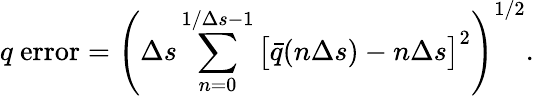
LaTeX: q\ \textrm{error}=\left(\Delta s\sum_{n=0}^{1/\Delta s-1}\big[\bar{q}(n\Delta s)-n\Delta s\big]^{2}\right)^{1/2}.